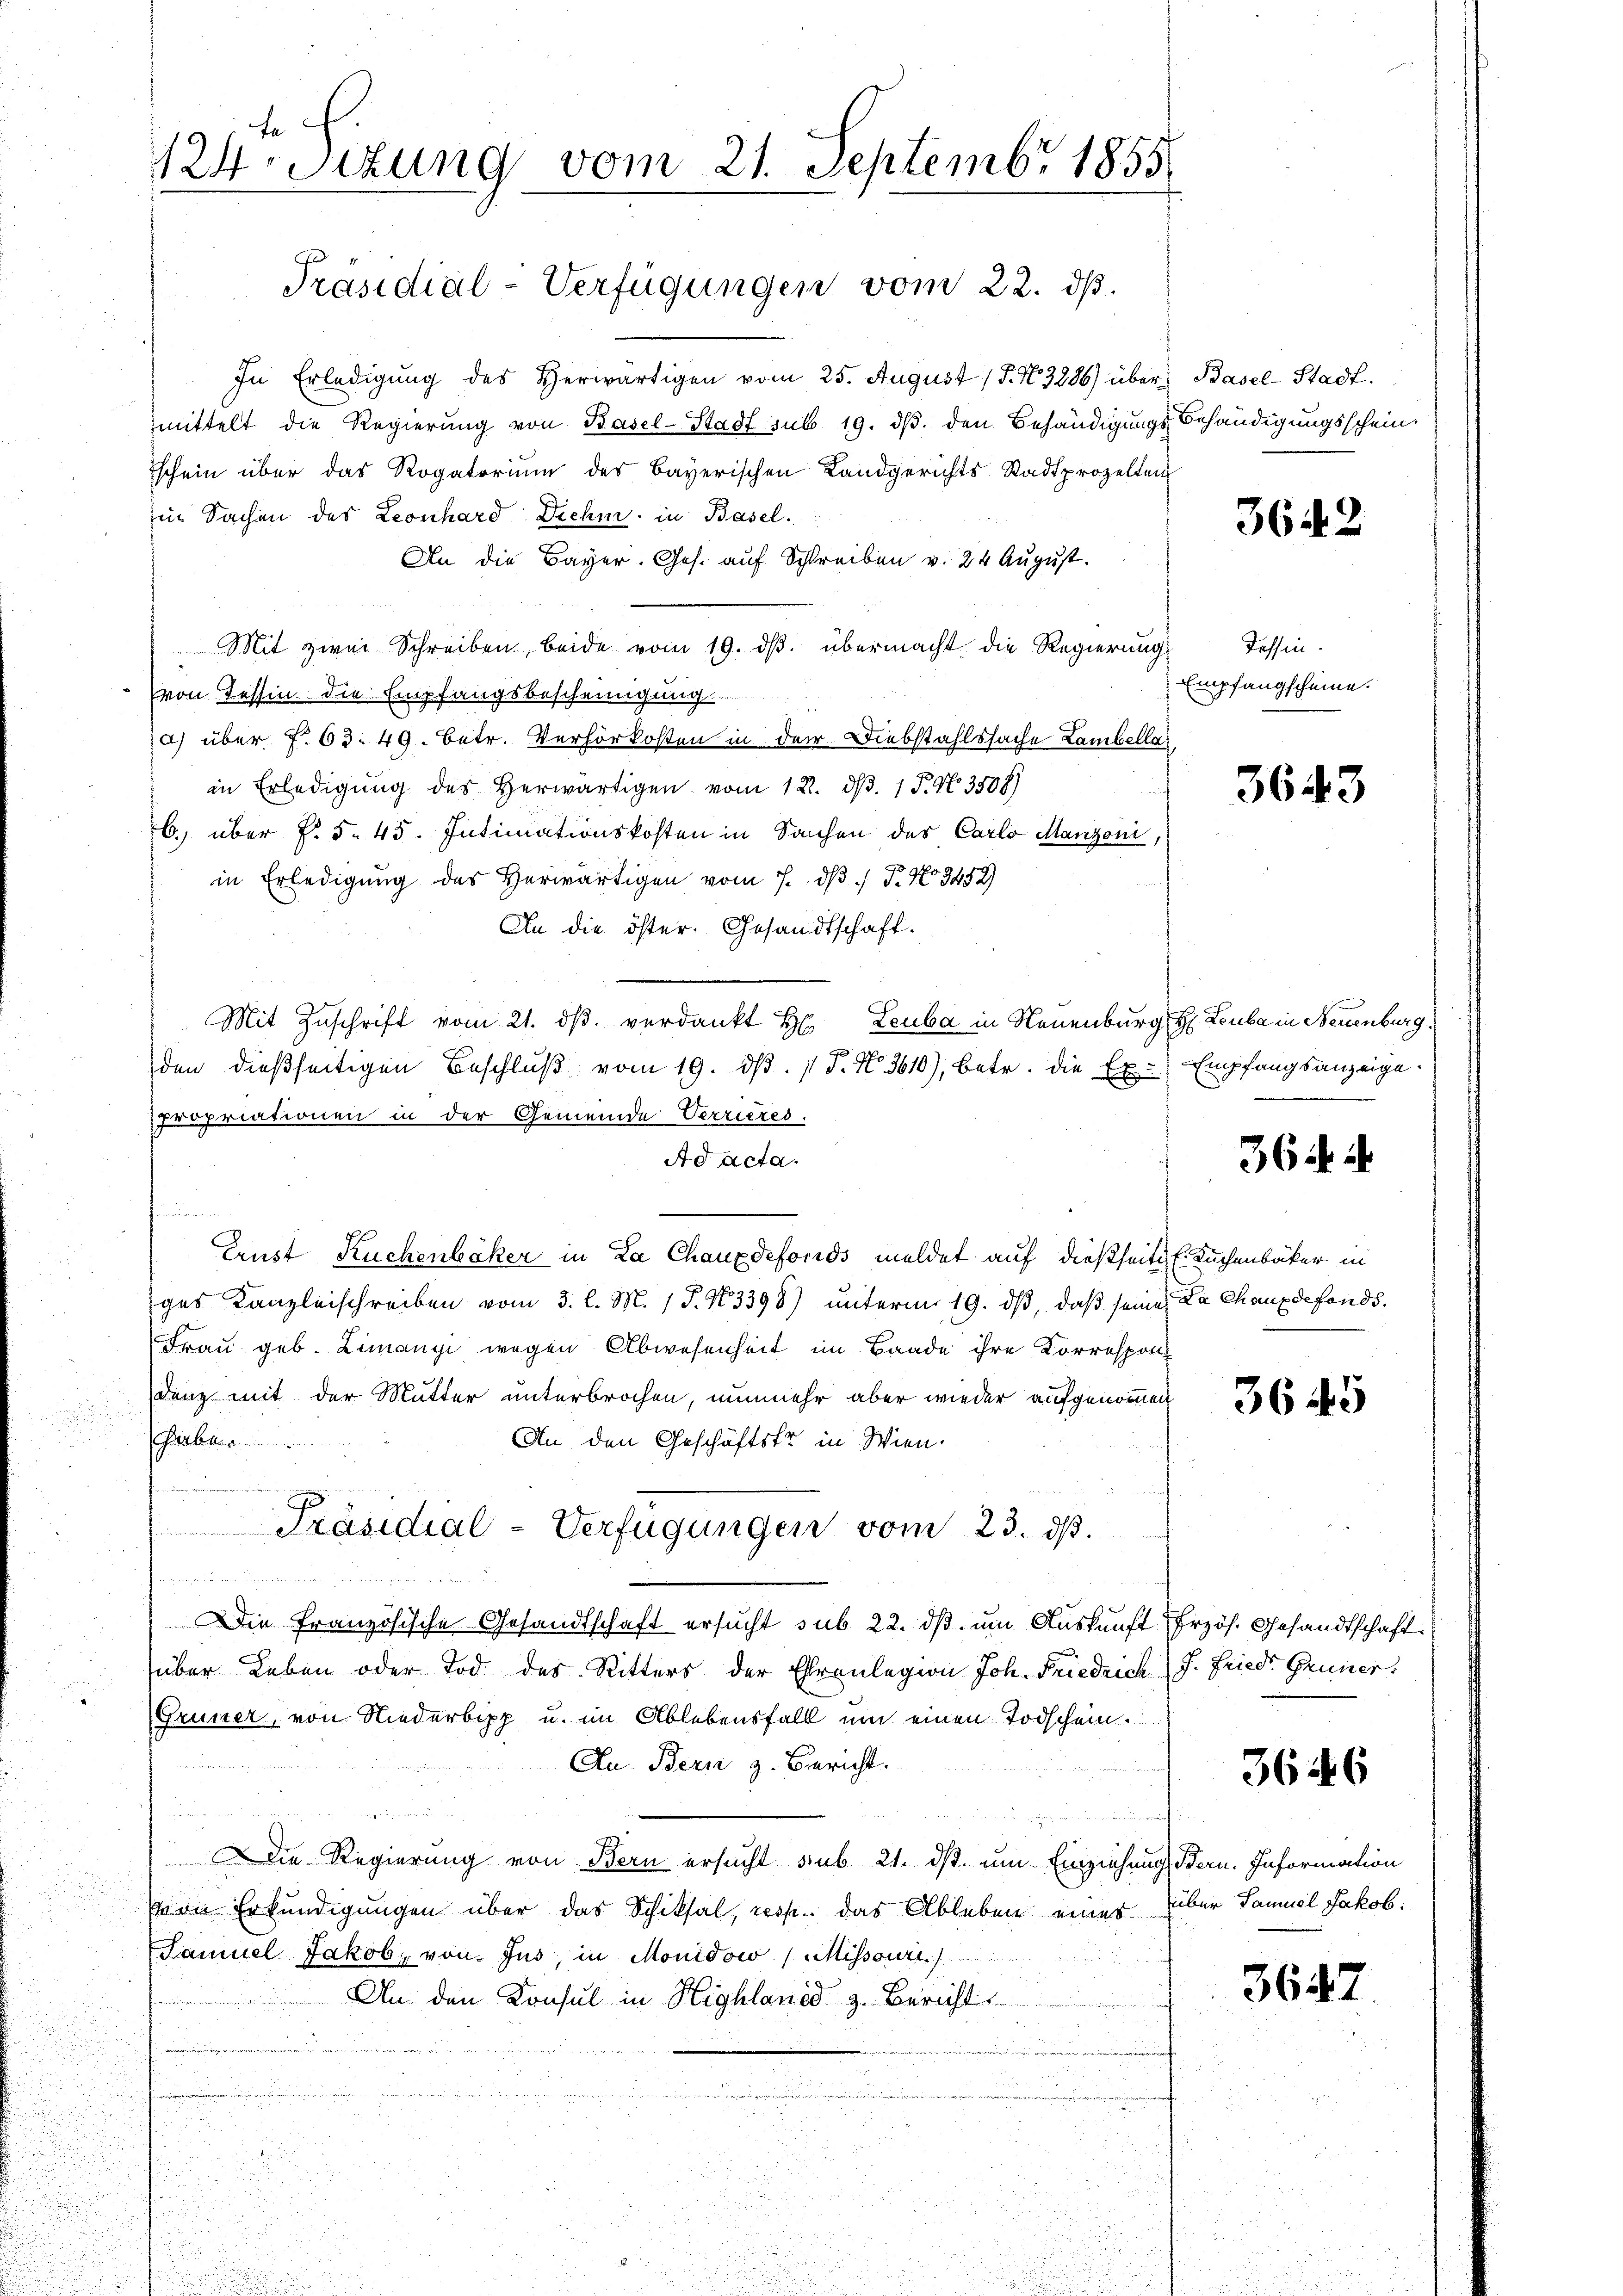
In Erledigŭng des herwärtigen vom 25. August 17. N. 3286) über Basel-Stadt.
mittelt die Regierung von Basel-Stadt sub 19. ds. den Behändigungs-Behändigungsschein
Eschein über das Rogatoriŭm des Bayerischen Landgerichts Stadtprozelten
Ein Sachen der Leonhard Diehm in Basel.
An die Bayer. Ges. auf Schreiben v. 24 August.
Mit zwei Schreiben beide vom 19. ds. übermacht, die Regierung
von Tessin die Empfangsbescheinigung
a) über f. 63. 49. Betr. Verhörkosten in der Diebstahlssache Lambellain Erledigŭng des herwärtigen vom 12. d. 1 P. No. 3508)
b.) über §. 5. 45. Intimationskosten in Sachen des Carlo Manzoni,
in Erledigung des Herwärtigen vom 7. ds 1 Fr. No 3452)
An die öster. Gesandtschaft.
Mit Zuschrift vom 21. ds. verdankt H. Leuba in Neuenburg, H: Leube in Neuenburg,
den dießseitigen Beschlŭβ vom 19. dβ. 1 S. N. 3610), betr. die Ex-
propriationen in der Gemeinde Verrieres.
Ad acta.
n
Ernst Ruchenbäker in La Chauxdefonds meldet auf dießseiti E. Kuchenbäcker in
ges Kanzleischreiben vom 3. l. M. 1 P. Nr. 3398) unterm 19. dβ, daß seine La Chaux de fonds.
Frau geb. Limanyi wegen Abwesenheit im Baade ihre Korrespon
denz mit der Mutter unterbrochen, nunmehr aber wieder aufgenommen
habe.
An den Geschäftsfr. in Wien.
u
Präsidial-Verfügungen vom 23. ds.

Die Französische Gesandtschaft ersucht sub 22. dß um Auskunft Erzös. Gesandtschaft
über Leben oder Tod des Ritters der Ehrenlegion Joh. Friedrich (J. Fried Gruner
Früner, von Niederbipp u. im Ablebensfall um einen Todschein.
Au. Bern z. Bericht.
un
DDie Regierung von Bern ersucht sub 21. ds um Einziehungs Bern. Information
von Erkundigungen über das Schiksal, resp. das Ableben einer über Samuel Jakob.
Samuel Jakob, von Jus, in Monidow (Mihsouri
An den Konsul in Highland z. Bericht
d
.
u

124sizung vom 21. Septembr 1855.

Präsidial-Verfügungen vom 22. ds.

3642

Tessin.
Empfangscheine

3643

Empfangsanzeige.

364 i

3645

3646

3642